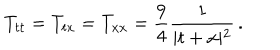
T _ { t t } = T _ { t x } = T _ { x x } = \frac { 9 } { 4 } \frac { 1 } { \vert t + x \vert ^ { 2 } } \, .